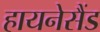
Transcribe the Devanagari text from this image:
हायनेसैंड